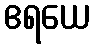
ဧရယေ